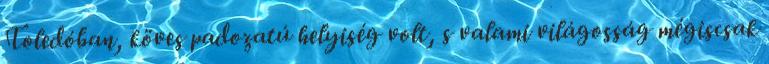
Toledóban, köves padozatú helyiség volt, s valami világosság mégiscsak